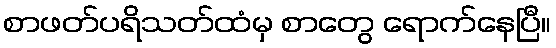
စာဖတ်ပရိသတ်ထံမှ စာတွေ ရောက်နေပြီ။